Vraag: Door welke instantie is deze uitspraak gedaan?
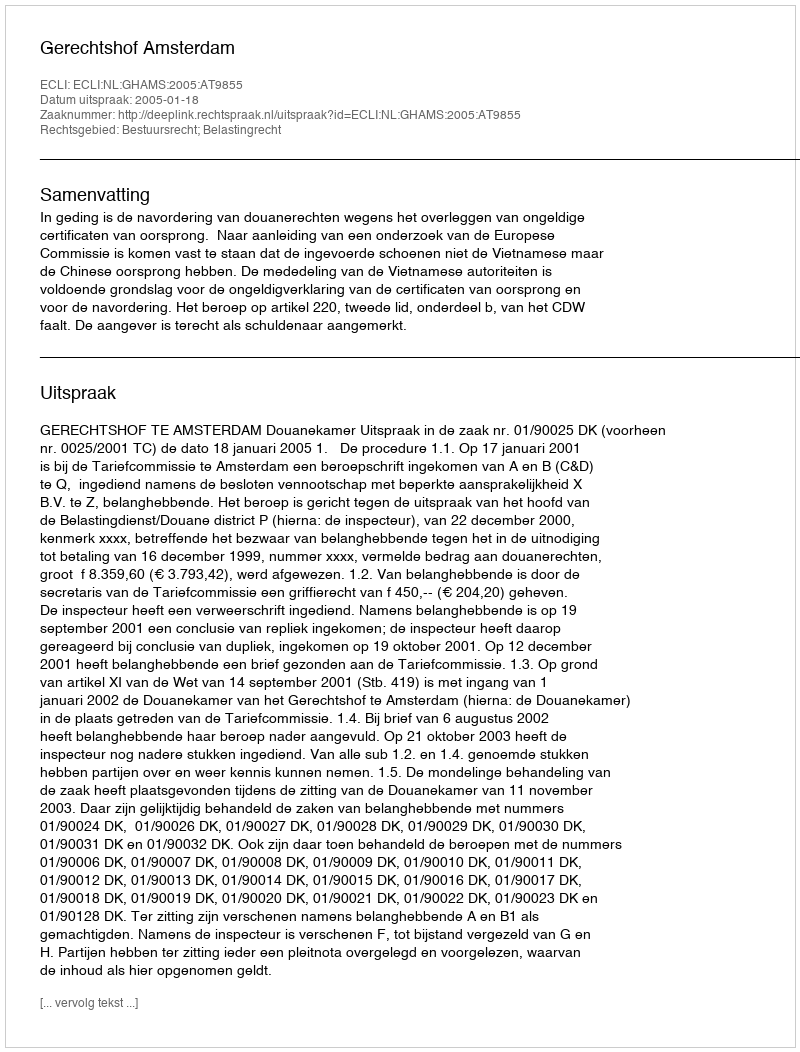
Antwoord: Gerechtshof Amsterdam